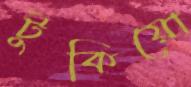
টুকিয়ো